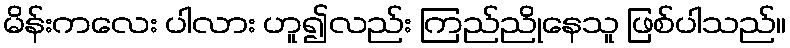
မိန်းကလေး ပါလား ဟူ၍လည်း ကြည်ညိုနေသူ ဖြစ်ပါသည်။